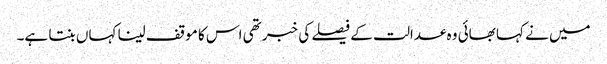
میں نے کہا بھائی وہ عدالت کے فیصلے کی خبر تھی اس کا موقف لینا کہاں بنتا ہے۔